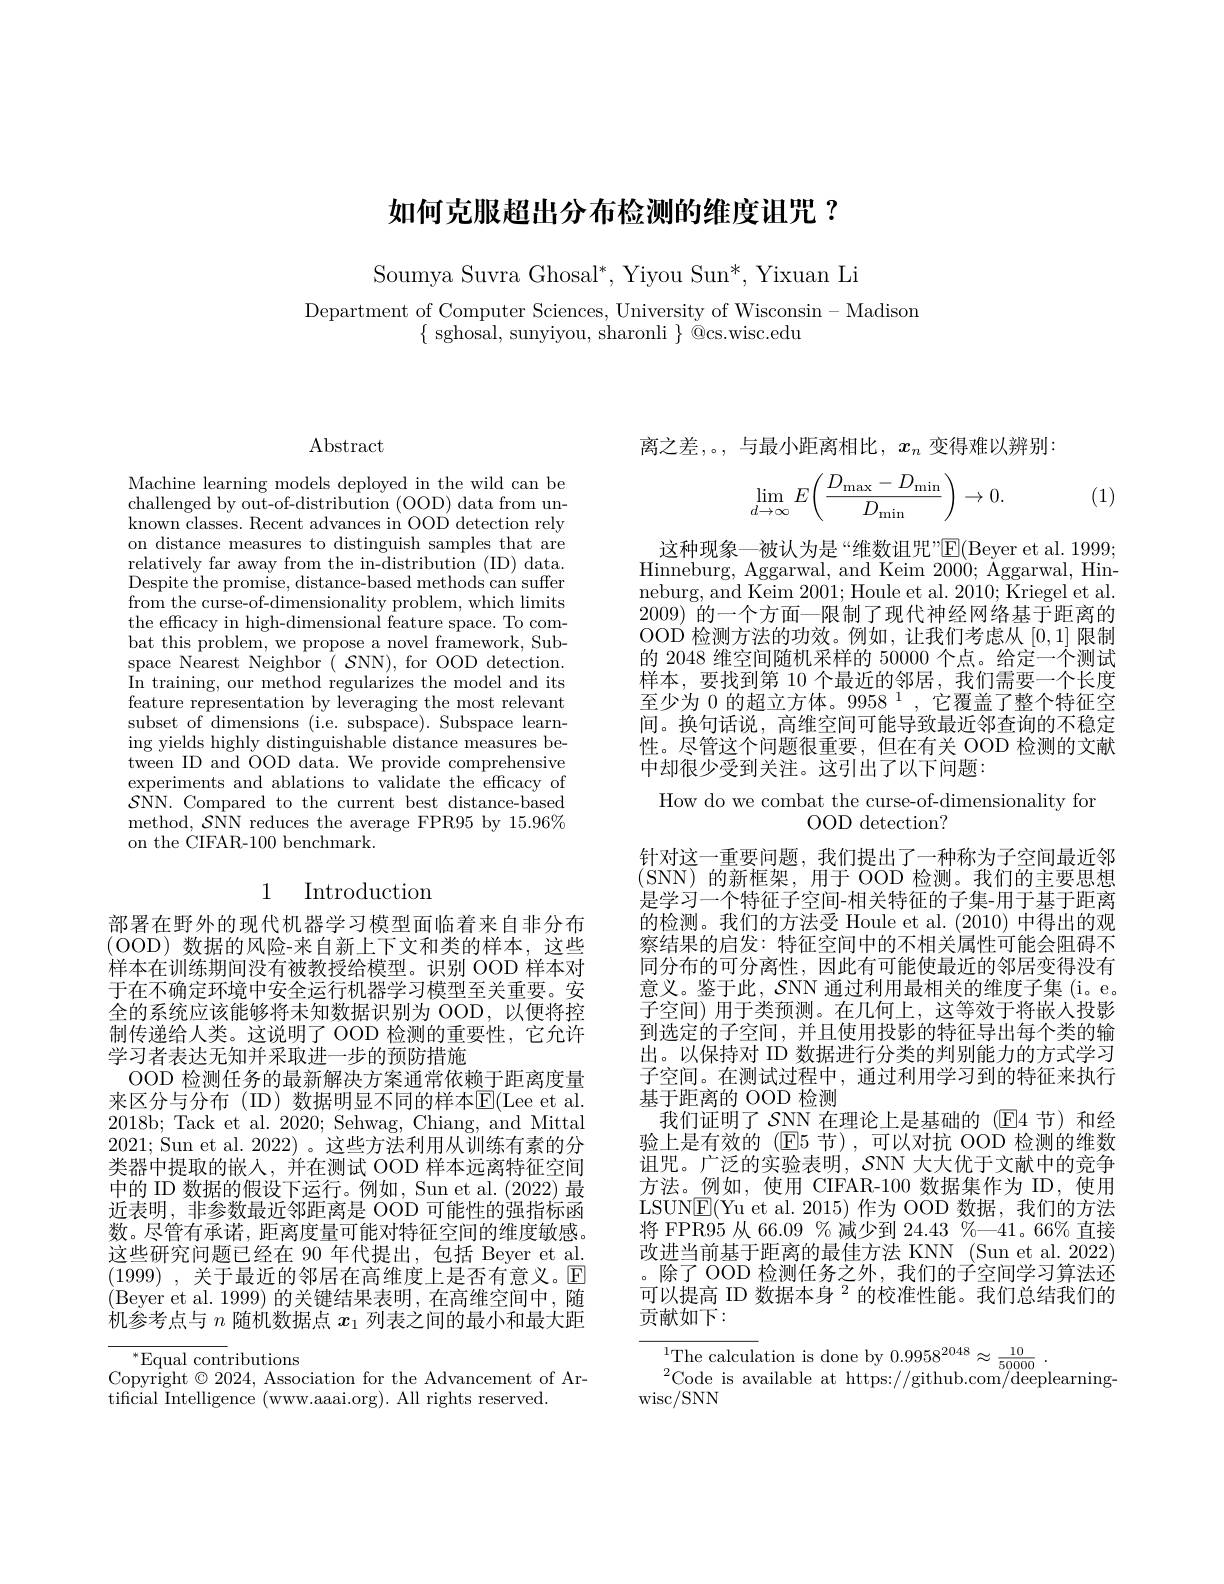
# 如何克服超出分布检测的维度诅咒？

Soumya Suvra Ghosal$^*$, Yiyou Sun$^*$, Yixuan Li

Department of Computer Sciences, University of Wisconsin- Madison
$\{$ sghosal, sunyiyou, sharonli $\}$ \"{Q}cs.wisc.edu

Abstract

Machine learning models deployed in the wild can be challenged by out-of-distribution (OOD) data from unknown classes. Recent advances in OOD detection rely on distance measures to distinguish samples that are relatively far away from the in-distribution (ID) data. Despite the promise, distance-based methods can suffer $\hat{\text{from the curse-of-dimensionality problem, which limits}}$ the efficacy in high-dimensional feature space. To combat this problem, we propose a novel framework, Subspace Nearest Neighbor( $\mathcal{S}$NN), for OOD detection. In training, our method regularizes the model and its feature representation by leveraging the most relevant subset of dimensions (i.e. subspace). Subspace learning yields highly distinguishable distance measures between ID and OOD data. We provide comprehensive experiments and ablations to validate the efficacy of $\mathcal{SNN.Comparedtothecurrent~best~distance-based}$ method, $\mathcal{S}$NN reduces the average FPR95 by 15.96% on the CIFAR-100 benchmark.

## 1 Introduction

部署在野外的现代机器学习模型面临着来自非分布(OOD)数据的风险-来自新上下文和类的样本，这些样本在训练期间没有被教授给模型。识别 OOD 样本对于在不确定环境中安全运行机器学习模型至关重要。安全的系统应该能够将未知数据识别为 OOD,以便将控制传递给人类。这说明了 OOD 检测的重要性，它允许学习者表达无知并采取进一步的预防措施
OOD 检测任务的最新解决方案通常依赖于距离度量来区分与分布(ID)数据明显不同的样本E(Lee et al. 2018b; Tack et al. 2020; Sehwag, Chiang, and Mittal 2021; Sun et al. 2022)。这些方法利用从训练有素的分类器中提取的嵌人，并在测试 OOD 样本远离特征空间中的 ID 数据的假设下运行。例如，Sun et al.(2022) 最近表明，非参数最近邻距离是 OOD 可能性的强指标函数。尽管有承诺，距离度量可能对特征空间的维度敏感。这些研究问题已经在 90 年代提出，包括 Beyer et al. (1999) , 关于最近的邻居在高维度上是否有意义。$\mathbb{E}$ (Beyer et al. 1999) 的关键结果表明，在高维空间中，随机参考点与$n$随机数据点$x_1$列表之间的最小和最大距

$^{*}$Equal contributions
Copyright $\odot2024$, Association for the Advancement of Ar-
tificial Intelligence (www.aaai.org). All rights reserved.

离之差，。,与最小距离相比，$x_n$变得难以辨别：
$$\lim\limits_{d\to\infty}E\bigg(\frac{D_{\max}-D_{\min}}{D_{\min}}\bigg)\to0.$$
(1)

这种现象—被认为是“维数诅咒”E(Beyer et al. 1999; Hinneburg, Aggarwal, and Keim 2000; Aggarwal, Hin- neburg, and Keim 2001; Houle et al. 2010; Kriegel et al. 2009)的一个方面一限制了现代神经网络基于距离的OOD 检测方法的功效。例如，让我们考虑从[0,1]限制的 2048 维空间随机采样的 50000 个点。给定一个测试样本，要找到第 10 个最近的邻居，我们需要一个长度至少为$0\text{ 的超立方体。9958}^{1}$,它覆盖了整个特征空间。换句话说，高维空间可能导致最近邻查询的不稳定性。尽管这个问题很重要，但在有关 OOD 检测的文献中却很少受到关注。这引出了以下问题：

How do we combat the curse-of-dimensionality for
OOD detection?
针对这一重要问题，我们提出了一种称为子空间最近邻(SNN)的新框架，用于 OOD 检测。我们的主要思想是学习一个特征子空间-相关特征的子集-用于基于距离的检测。我们的方法受 Houle et al. (2010) 中得出的观察结果的启发：特征空间中的不相关属性可能会阻碍不同分布的可分离性，因此有可能使最近的邻居变得没有意义。鉴于此，$\mathcal{S}$NN 通过利用最相关的维度子集(i。e。子空间) 用于类预测。在几何上，这等效于将嵌人投影到选定的子空间，并且使用投影的特征导出每个类的输出。以保持对 ID 数据进行分类的判别能力的方式学习子空间。在测试过程中，通过利用学习到的特征来执行基于距离的 OOD 检测
我们证明了$\mathcal{SNN}$在理论上是基础的 (E4 节)和经验上是有效的(E5节),可以对抗 OOD 检测的维数诅咒。广泛的实验表明，SNN 大大优于文献中的竞争方法。例如，使用 CIFAR-100 数据集作为 ID,使用LSUN$\underline{\mathrm{E}}($Yu et al.2015)作为 OOD 数据，我们的方法将 FPR95 从 66.09 % 减少到 24.43 %—41。66% 直接改进当前基于距离的最佳方法 KNN (Sun et al. 2022) 除了 OOD 检测任务之外，我们的子空间学习算法还可以提高 ID 数据本身$^{2}$的校准性能。我们总结我们的贡献如下：
${}^{1}{\mathrm{The~calcul}}$ation is done by $0.9958^{2048}\approx{\frac{10}{50000}}.$Code is available at https://github.com/deeplearning

wisc/ SNN